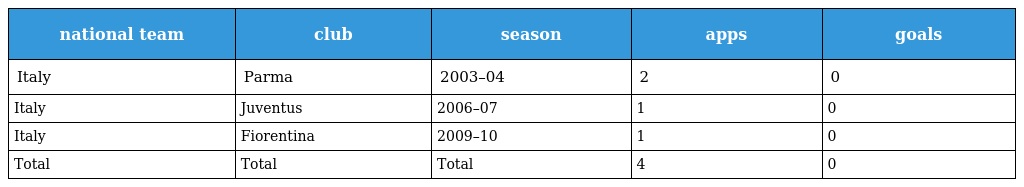
| national team | club | season | apps | goals |
 | --- | --- | --- | --- | --- |
 | Italy | Parma | 2003–04 | 2 | 0 |
 | Italy | Juventus | 2006–07 | 1 | 0 |
 | Italy | Fiorentina | 2009–10 | 1 | 0 |
 | Total | Total | Total | 4 | 0 |